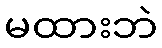
မထားဘဲ